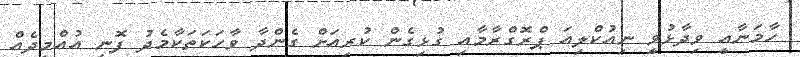
ހާމަނާއީ ވިދާޅުވީ ނިއުކްލިއަ ޕްރޮގްރާމާއި ގުޅިގެން ކުރިއަށް ގެންދާ ވާހަކަތަކާމެދު ފޮނި އުއްމީދެއް